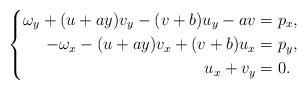
LaTeX: \begin{align*}\left\{\begin{aligned}\omega_{y}+(u+ay)v_{y}-(v+b)u_{y}-av&=p_{x},\\-\omega_{x}-(u+ay)v_{x}+(v+b)u_{x}&=p_{y},\\u_{x}+v_{y}&=0.\end{aligned}\right.\end{align*}